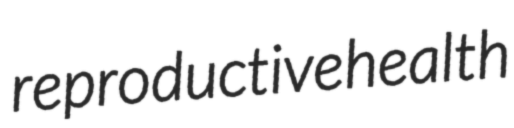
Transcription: reproductive health